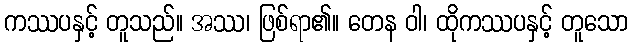
ကဿပနှင့် တူသည်။ အဿ၊ ဖြစ်ရာ၏။ တေန ဝါ၊ ထိုကဿပနှင့် တူသော